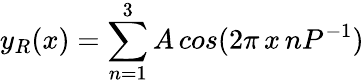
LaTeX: y_{R}(x)=\sum_{n=1}^{3}A\, cos(2\pi\, x\, nP^{-1})